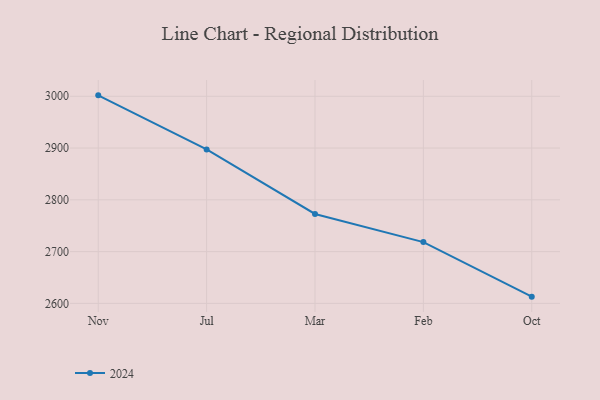
{"axis": {"x": "Month", "y": "Backlog"}, "legend": ["2024"], "data": [{"x": "Nov", "y": 3001.8, "type": "2024"}, {"x": "Jul", "y": 2897.4, "type": "2024"}, {"x": "Mar", "y": 2772.7, "type": "2024"}, {"x": "Feb", "y": 2718.4, "type": "2024"}, {"x": "Oct", "y": 2613.0, "type": "2024"}]}